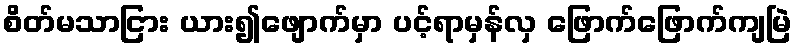
စိတ်မသာငြား ယား၍ဖျောက်မှာ ပင့်ရာမှန်လှ ဖြောက်ဖြောက်ကျမြဲ